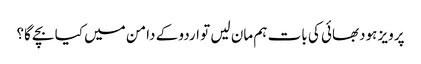
پرویز ہودبھائی کی بات ہم مان لیں تو اردو کے دامن میں کیا بچے گا؟